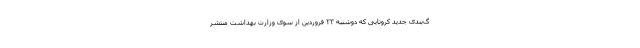
گ‌بندی جدید کرونایی که دوشنبه ۲۳ فروردین از سوی وزارت بهداشت منتشر